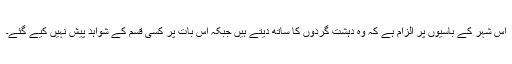
اس شہر کے باسیوں پر الزام ہے کہ وہ دہشت گردوں کا ساتھ دیتے ہیں جبکہ اس بات پر کسی قسم کے شواہد پیش نہیں کیے گئے۔